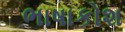
ભાષાકોશ